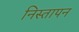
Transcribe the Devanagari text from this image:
निस्तापन